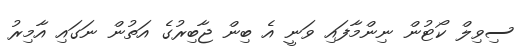
ސިވިލް ކޯޓުން ނިންމާފައި ވަނީ އެ ބިން ޖާބިރުގެ އަތުން ނަގައި އާމިރު